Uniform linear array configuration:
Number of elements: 8
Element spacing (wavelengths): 0.5
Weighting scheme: exponential
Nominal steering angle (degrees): -30
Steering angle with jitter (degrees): -31.691
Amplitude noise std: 0.05
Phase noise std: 0.05

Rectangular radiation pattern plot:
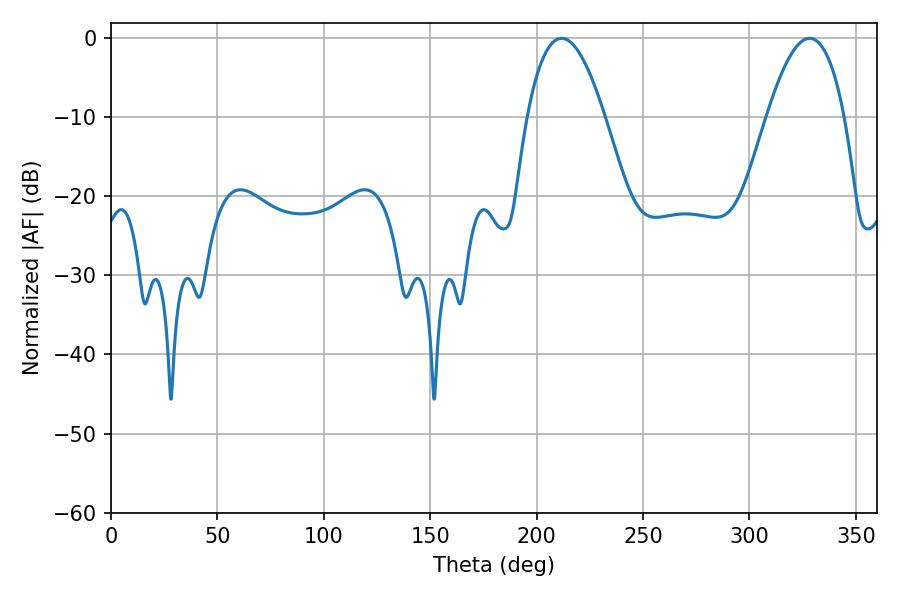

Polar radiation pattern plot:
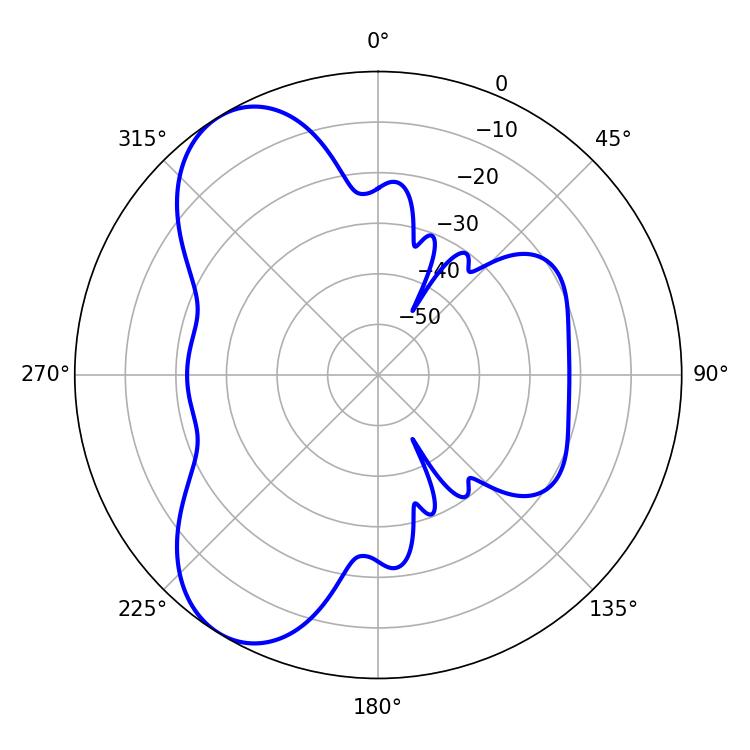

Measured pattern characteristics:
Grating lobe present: FALSE
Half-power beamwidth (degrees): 19.98
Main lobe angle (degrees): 211.68